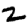
Digit: 2